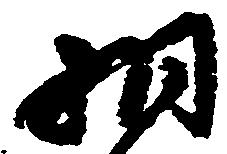
相